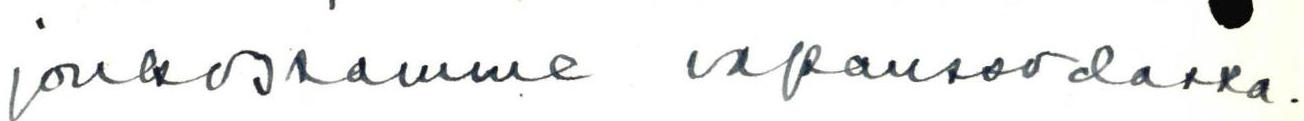
joukossamme vapaussodassa.